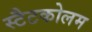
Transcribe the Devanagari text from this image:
स्टैटकोलम